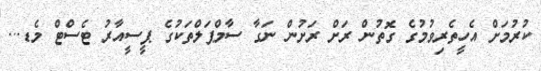
ކުރުމަށް އެހީތެރިވުމުގެ ގޮތުން ރަށް ރަށުން ނަގާ ސާމްޕަލްތަކުގެ ޕީސީއާރު ޓެސްޓް މެޑ...